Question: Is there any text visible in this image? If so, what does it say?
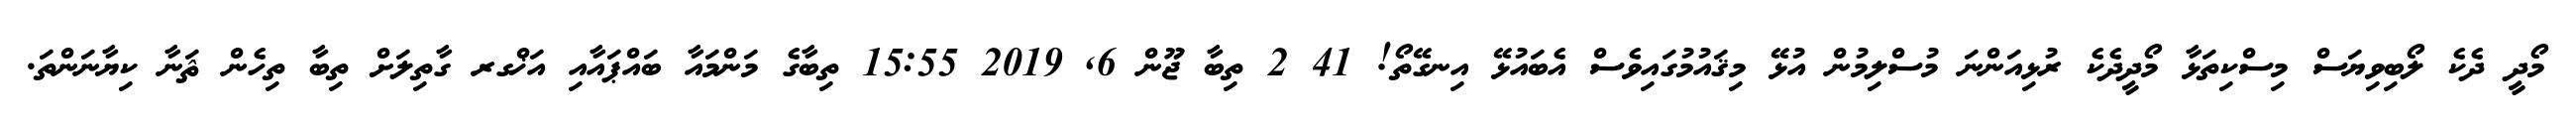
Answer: މޯދީ ދެކެ ލޯބިވިޔަސް މިސްކިތަޅާ މޯދީދެކެ ރުޅިއަންނަ މުސްލިމުން އުޅޭ މިޤައުމުގައިވެސް އެބައުޅޭ އިނގޭތޯ! 41 2 ތިބާ ޖޫން 6, 2019 15:55 ތިބާގެ މަންމައާ ބައްޕައާއި އަޚްގރ ގާތިލަށް ތިބާ ތިހެން ޘަނާ ކިޔާނަންތަ.